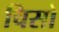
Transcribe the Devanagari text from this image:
चिसो